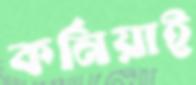
কর্নিয়াই